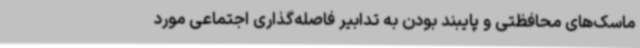
ماسک‌های محافظتی و پایبند بودن به تدابیر فاصله‌گذاری اجتماعی مورد